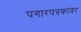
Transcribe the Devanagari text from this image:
पगारपत्रकांवर